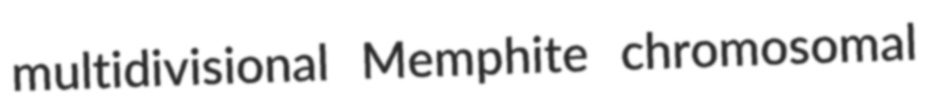
multidivisional Memphite chromosomal